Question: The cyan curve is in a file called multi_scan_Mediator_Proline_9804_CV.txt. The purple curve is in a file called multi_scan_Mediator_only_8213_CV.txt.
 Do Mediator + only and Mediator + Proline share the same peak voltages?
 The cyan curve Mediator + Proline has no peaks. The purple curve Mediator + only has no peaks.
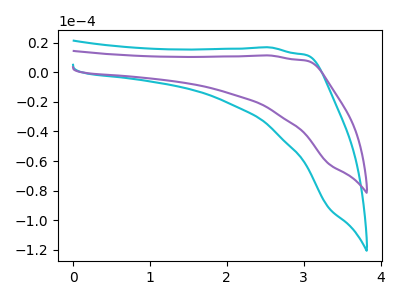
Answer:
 <answer>Niether CV has any peaks.</answer>
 <eval>blanks</eval>